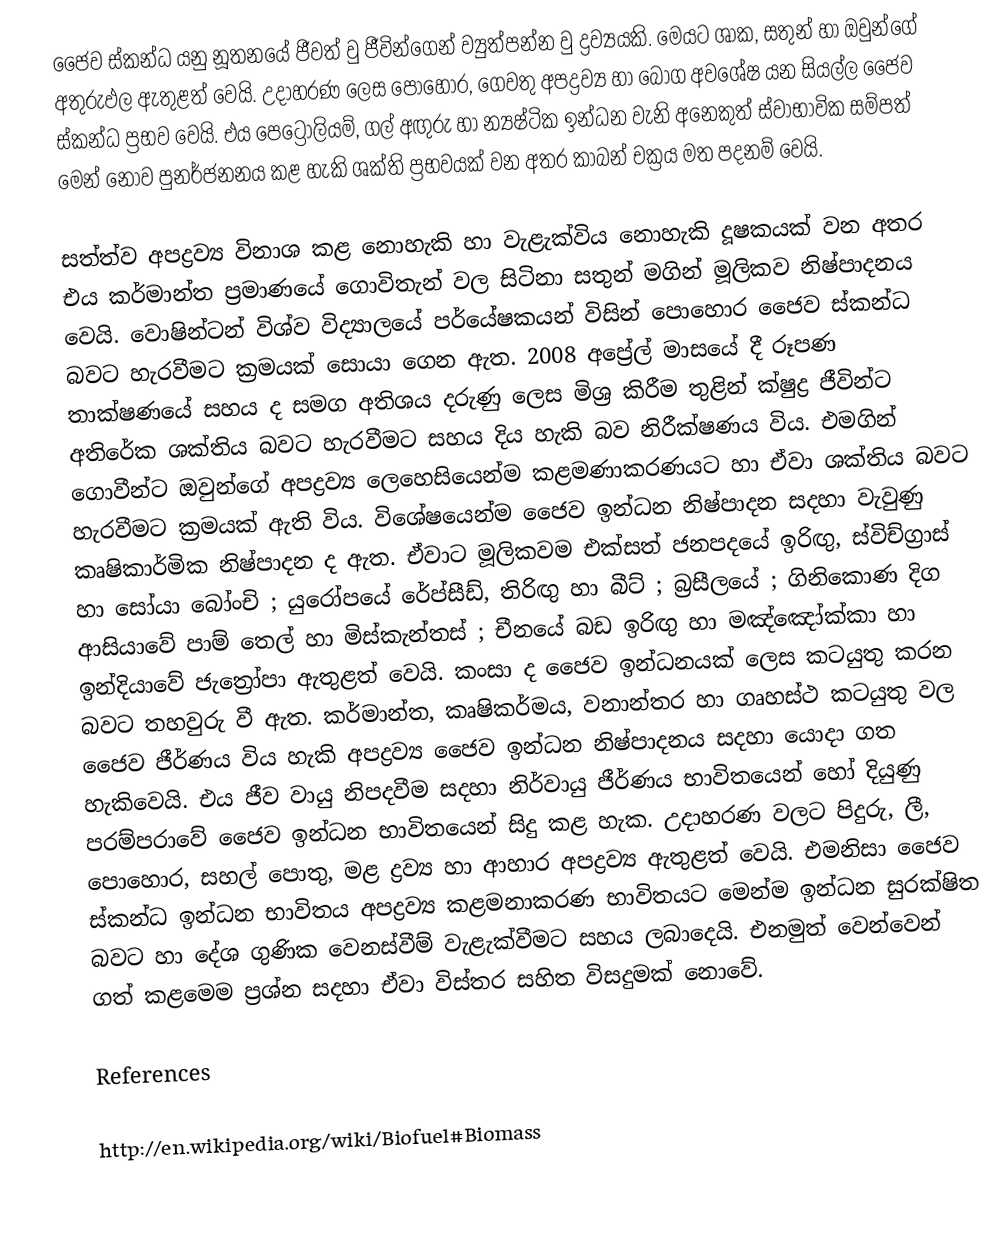
ජෛව ස්කන්ධ යනු නූතනයේ ජීවත් වු ජීවින්ගෙන් ව්‍යුත්පන්න වු ද්‍රව්‍යයකි. මෙයට ශාක, සතුන් හා ඔවුන්ගේ අතුරුඵල ඇතුළත් වෙයි. උදාහරණ ලෙස පොහොර, ගෙවතු අපද්‍රව්‍ය හා බෝග අවශේෂ යන සියල්ල ජෛව ස්කන්ධ ප්‍රභව වෙයි. එය පෙට්‍රෝලියම්, ගල් අඟුරු හා න්‍යෂ්ටික ඉන්ධන වැනි අනෙකුත් ස්වාභාවික සම්පත් ‍මෙන් නොව පුනර්ජනනය කළ හැකි ශක්ති ප්‍රභවයක් වන අතර කාබන් චක්‍රය මත පදනම් වෙයි.

සත්ත්ව අපද්‍රව්‍ය විනාශ කළ නොහැකි හා වැළැක්විය නොහැකි දූෂකයක් වන අතර එය කර්මාන්ත ප්‍රමාණයේ ගොවිතැන් වල සිටිනා සතුන් මගින් මූලිකව නිෂ්පාදනය වෙයි. වොෂින්ටන් විශ්ව විද්‍යාලයේ පර්යේෂකයන් විසින් පොහොර ජෛව ස්කන්ධ බවට හැරවීමට ක්‍රමයක් සොයා ගෙන ඇත. 2008 අප්‍රේල් මාසයේ දී රූපණ තාක්ෂණයේ සහය ද සමග අතිශය දරුණු ලෙස මිශ්‍ර කිරීම තුළින් ක්ෂුද්‍ර ජීවින්ට අතිරේක ශක්තිය බවට හැරවීමට සහය දිය හැකි බව නිරීක්ෂණය විය. එමගින් ගොවීන්ට ඔවුන්ගේ අපද්‍රව්‍ය ලෙහෙසියෙන්ම කළමණාකරණයට හා ඒවා ශක්තිය බවට හැරවීමට ක්‍රමයක් ඇති විය. විශේෂයෙන්ම ජෛව ඉන්ධන නිෂ්පාදන සදහා වැවුණු කෘෂිකාර්මික නිෂ්පාදන ද ඇත. ඒවාට මූලිකවම එක්සත් ජනපදයේ ඉරිඟු, ස්විච්ග්‍රාස් හා සෝයා බෝංචි ; යුරෝපයේ රේප්සීඩ්, තිරිඟු හා බීට් ; බ්‍රසීලයේ ; ගිනිකොණ දිග ආසියාවේ පාම් තෙල් හා මිස්කැන්තස් ; චීනයේ බඩ ඉරිඟු හා මඤ්ඤෝක්කා හා ඉන්දියාවේ ජැත්‍රෝපා ඇතුළත් වෙයි. කංසා ද ජෛව ඉන්ධනයක් ලෙස කටයුතු කරන බවට තහවුරු වී ඇත. කර්මාන්ත, කෘෂිකර්මය, වනාන්තර හා ගෘහස්ථ කටයුතු වල ජෛව ජීර්ණය විය හැකි අපද්‍රව්‍ය ජෛව ඉන්ධන නිෂ්පාදනය සදහා යොදා ගත හැකිවෙයි. එය ජීව වායු නිපදවීම සදහා නිර්වායු ජීර්ණය භාවිතයෙන් හෝ දියුණු පරම්පරාවේ ජෛව ඉන්ධන භාවිතයෙන් සිදු කළ හැක. උදාහරණ වලට පිදුරු, ලී, පොහොර, සහල් පොතු, මළ ද්‍රව්‍ය හා ආහාර අපද්‍රව්‍ය ඇතුළත් වෙයි. එමනිසා ජෛව ස්කන්ධ ඉන්ධන භාවිතය අපද්‍රව්‍ය කළමනාකරණ භාවිතයට මෙන්ම ඉන්ධන සුරක්ෂිත බවට හා දේශ ගුණික වෙනස්වීම් වැළැක්වීමට සහය ලබාදෙයි. එනමුත් වෙන්වෙන් ගත් කළ‍මෙම ප්‍රශ්න සදහා ඒවා විස්තර සහිත විසදුමක් නොවේ.

References

http://en.wikipedia.org/wiki/Biofuel#Biomass